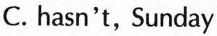
C. hasn't, Sunday